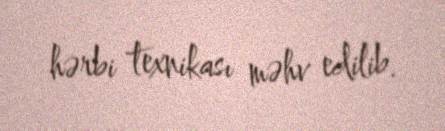
hərbi texnikası məhv edilib.